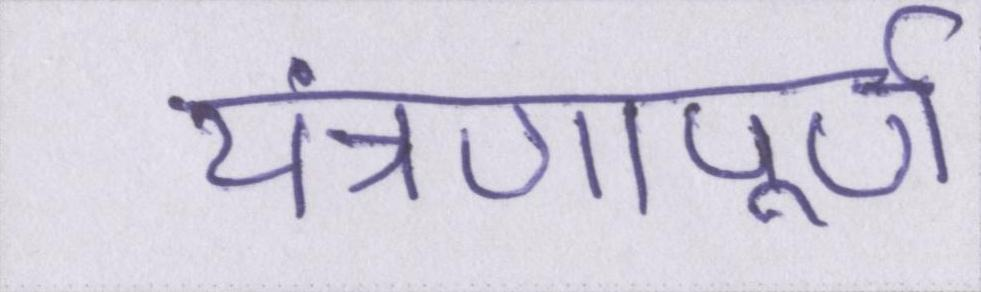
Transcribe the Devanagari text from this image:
यंत्रणापूर्ण